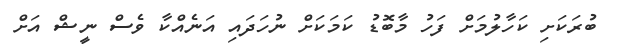
ބުރަކަށި ކަހާލުމަށް ފަހު މާބޮޑު ކަމަކަށް ނުހަދައި އަނެއްކާ ވެސް ނީޝް އަށް